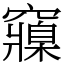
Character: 䆿